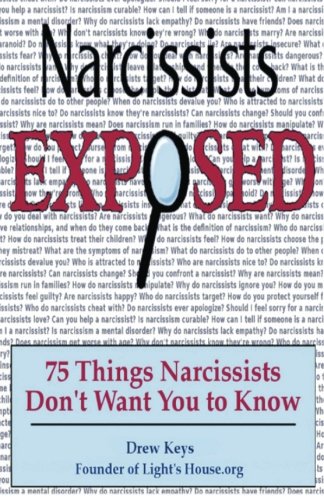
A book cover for Narcissists Exposed - 75 Things Narcissists Don't Want You to Know: 75 Things Narcissists Don't Want You to Know (Volume 1); Drew Keys; Health, Fitness & Dieting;